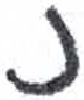
אות: נ